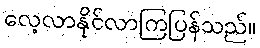
လေ့လာနိုင်လာကြပြန်သည်။